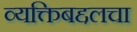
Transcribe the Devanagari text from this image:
व्यक्तिबद्दलचा